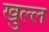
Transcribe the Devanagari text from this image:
खुल्ल